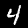
Label: 4